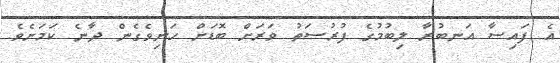
އެ ފައިސާ އަނބުރާ ލިބުމުގެ ފުރުސަތު ވަރަށް ބޮޑަށް ހަނިވެގެން ދާނެ ކަމަށެވެ.